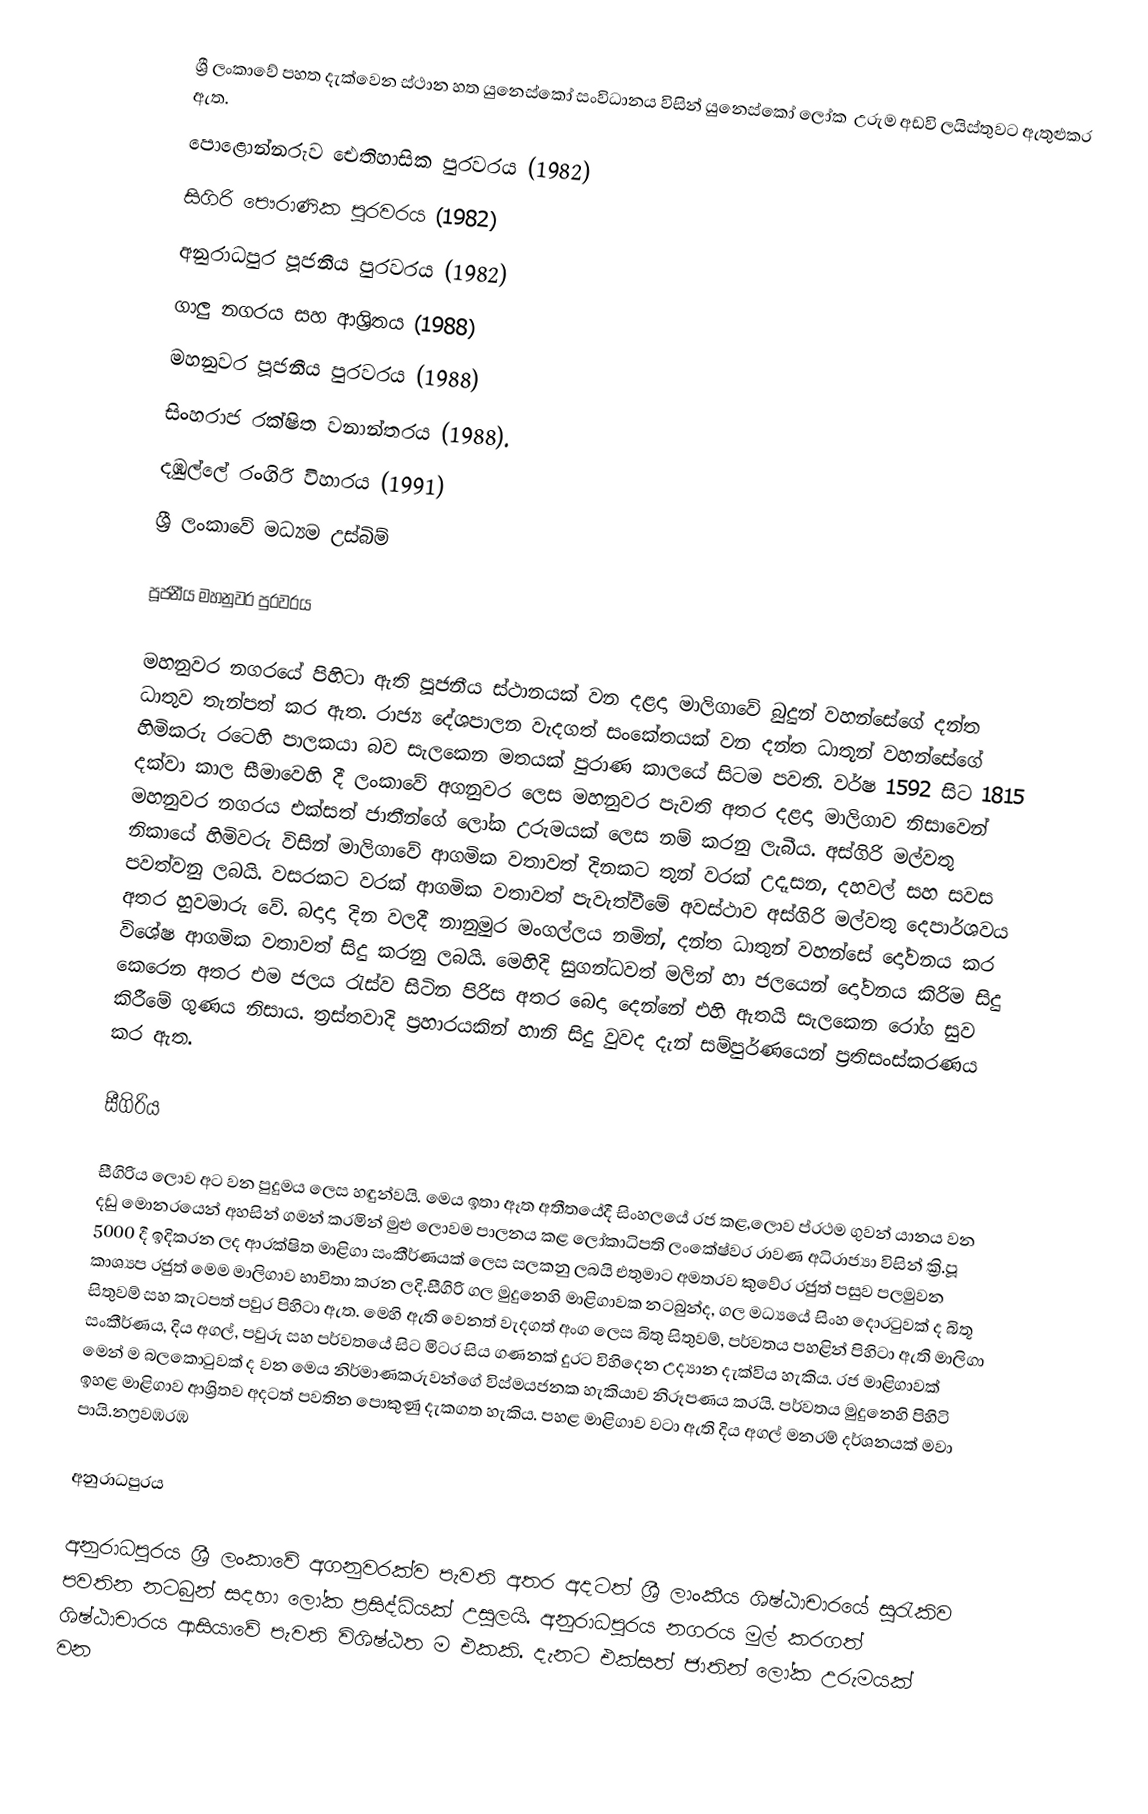
ශ්‍රී ලංකා‌වේ ‌පහත දැක්වෙන ස්ථාන හත යුනෙස්කෝ සංවිධානය විසින්  යුනෙස්කෝ ලෝක ‍ උරුම අඩවි ලයිස්තුවට ඇතුළුකර ඇත.
 පොළොන්නරුව ඓතිහාසික පුරවරය (1982)
 සිගිරි පෞරාණික පුරවරය (1982)
 අනුරාධපුර පූජනීය පුරවරය (1982)
 ගාලු නගරය සහ ආශ්‍රිතය (1988)
 මහනුවර පූජනීය පුරවරය (1988)
 සිංහරාජ රක්ෂිත වනාන්තරය (1988).
 දඹුල්ලේ රංගිරි විහාරය (1991)
 ශ්‍රී ලංකාවේ මධ්‍යම උස්බිම්

පූජනීය මහනුවර පුරවරය

මහනුවර නගරයේ පිහිටා ඇති පූජනීය ස්ථානයක් වන දළදා මාලිගා‍වේ බුදුන් වහන්‍‍සේගේ දන්ත ධාතුව තැන්පත් කර ඇත. රාජ්‍ය ‍දේශපාලන වැදගත් සංකේතයක් වන දන්ත ධාතූන් වහන්සේගේ හිමිකරු ර‍ටෙහි පාලකයා බව සැලකෙන මතයක් පුරාණ කාල‍යේ සිටම පවති. වර්ෂ 1592 සිට 1815 දක්වා කාල සීමාවෙහි දී ලංකාවේ අගනුවර ලෙස මහනුවර පැවති අතර දළදා මාලිගාව නිසාවෙන් මහනුවර නගරය එක්සත් ජාතීන්ගේ ලෝක උරුමයක් ලෙස නම් කරනු ලැබීය. අස්ගිරි මල්වතු නිකා‍යේ හිමිවරු විසින් මාලිගාවේ ආගමික වතාවත් දිනකට තුන් වරක් උදෑසන, දහවල් සහ සවස පවත්වනු ලබයි. වසරකට වරක් ආගමික වතාවත් පැවැත්වී‍මේ අවස්ථාව අස්ගිරි මල්වතු ‍දෙපාර්ශවය අතර හුවමාරු ‍වේ. බදාදා දින වලදී නානුමුර මංගල්ලය නමින්, දන්ත ධාතුන් වහන්සේ දෝවනය කර වි‍ශේෂ ආගමික වතාවත් සිදු කරනු ලබයි. ‍මෙහිදි සුගන්ධවත් මලින් හා ජල‍යෙන් ‍දෝවනය කිරිම සිදු ‍කෙරෙන අතර එම ජලය රැස්ව සිටින පිරිස අතර ‍බෙදා ‍දෙන්නේ එහි ඇතයි සැලකෙන රෝග සුව කිරී‍මේ ගුණය නිසාය. ත්‍රස්තවාදි ප්‍රහාරයකින් හානි සිදු වුවද දැන් සම්පුර්ණයෙන් ප්‍රතිසංස්කරණය කර ඇත.

සීගිරිය

සීගිරිය ලොව අට වන පුදුමය ලෙස හඳුන්වයි. ‍මෙය ඉතා ඈත අතීතයේදී සිංහලයේ රජ කළ,ලොව ප්රථම ගුවන් යානය වන දඩු මොනරයෙන් අහසින් ගමන් කරමින් මුළු ලොවම පාලනය කළ ලෝකාධිපති ලංකේෂ්වර රාවණ අධිරාජ්‍යා විසින් ක්‍රි.පූ 5000 දී ඉදිකරන ලද ආරක්ෂිත මාළිගා සංකීර්ණයක් ලෙස සලකනු ලබයි එතුමාට අමතරව කුවේර රජුත් පසුව පලමුවන කාශ්‍යප රජුත් මෙම මාලිගාව භාවිතා කරන ලදි.සීගිරි ගල මුදු‍නෙහි මාළිගාවක නටබුන්ද, ගල මධ්‍යයේ සිංහ දොරටුවක් ද බිතූ සිතුවම් සහ කැටපත් පවුර පිහිටා ඇත.‍ ‍මෙහි ඇති  ‍වෙනත් වැදගත් අංග ‍ලෙස බිතු සිතුවම්, පර්වතය පහළින් පිහිටා ඇති මාලිගා සංකීර්ණය, දිය අගල්, පවුරු සහ පර්වත‍යේ සිට මිටර සිය ගණනක් දුරට විහි‍‍දෙන උද්‍යාන දැක්විය හැකිය. රජ මාළිගාවක් ‍මෙන් ම බල‍කොටුවක් ද වන ‍මෙය නිර්මාණකරුව‍න්‍‍‍ගේ විස්මයජනක හැකියාව නිරූපණය කරයි. පර්වතය මුදු‍නෙහි පිහිටි ඉහළ මාළිගාව ආශ්‍රිතව අදටත් පවතින පොකුණු දැකගත හැකිය. පහළ මාළිගාව වටා ඇති දිය අගල් මනරම් දර්ශනයක් මවා පායි.නෆ්‍රවඹරඹ

අනුරාධපුරය

අනුරාධපුරය ශ්‍රී  ලංකා‌වේ අගනුවරක්ව පැවති අතර අදටත් ශ්‍රී ලාංකීය ශිෂ්ඨාචාර‍යේ සුරැකිව පවතින නටබුන් සදහා ලෝක ප්‍රසිද්ධියක් උසුලයි. අනුරාධපුරය නගරය මුල් කරගත් ශිෂ්ඨාචාරය ආසියා‍වේ පැවති විශිෂ්ඨත ම එකකි. දැනට එක්සත් ජාතින්  ‍ලෝක උරුමයක් වන